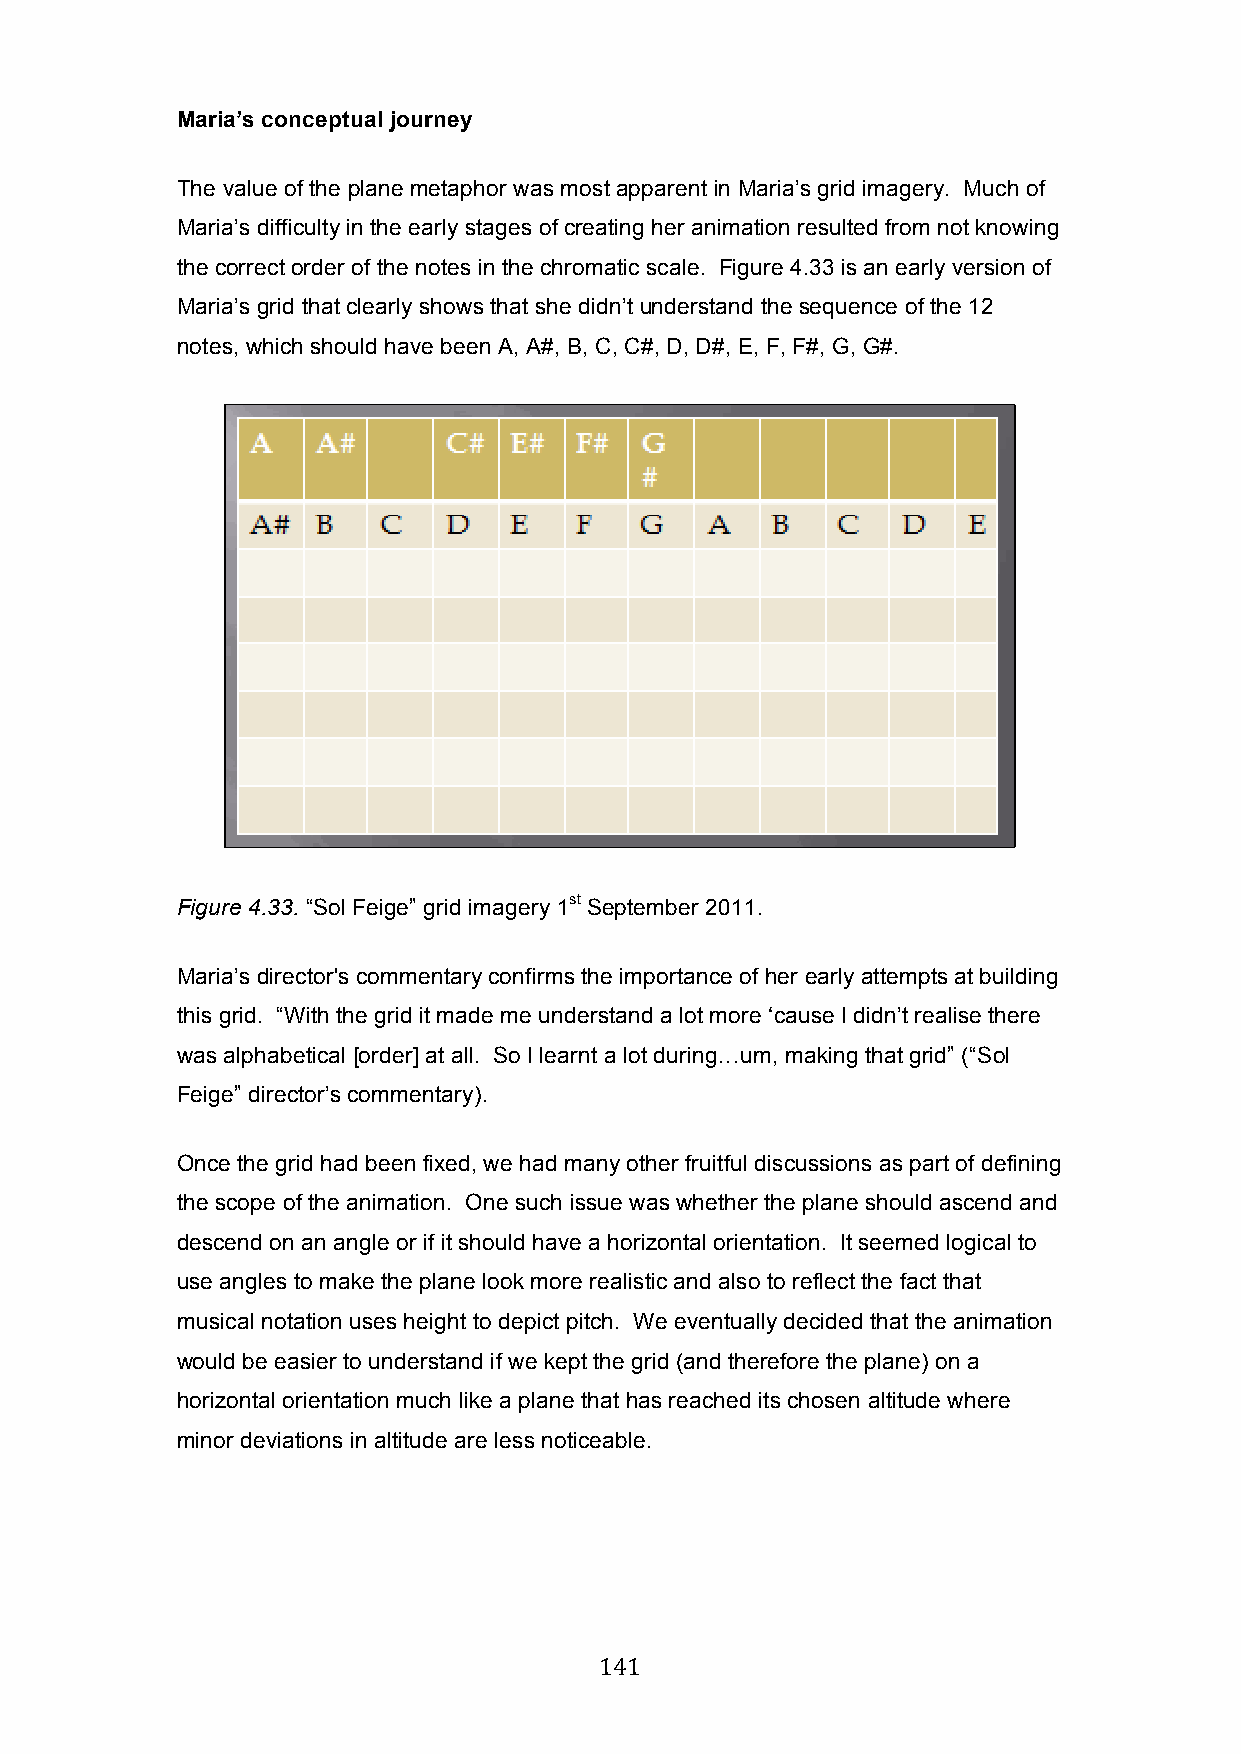
Maria’s conceptual journey
 The value of the plane metaphor was most apparent in Maria’s grid imagery. Much of
 Maria’s difficulty in the early stages of creating her animation resulted from not knowing
 the correct order of the notes in the chromatic scale. Figure 4.33 is an early version of
 Maria’s grid that clearly shows that she didn’t understand the sequence of the 12
 notes, which should have been A, A#, B, C, C#, D, D#, E, F, F#, G, G#.
 Figure 4.33. “Sol Feige” grid imagery 1st September 2011.
 Maria’s director's commentary confirms the importance of her early attempts at building
 this grid. “With the grid it made me understand a lot more ‘cause I didn’t realise there
 was alphabetical [order] at all. So I learnt a lot during…um, making that grid” (“Sol
 Feige” director’s commentary).
 Once the grid had been fixed, we had many other fruitful discussions as part of defining
 the scope of the animation. One such issue was whether the plane should ascend and
 descend on an angle or if it should have a horizontal orientation. It seemed logical to
 use angles to make the plane look more realistic and also to reflect the fact that
 musical notation uses height to depict pitch. We eventually decided that the animation
 would be easier to understand if we kept the grid (and therefore the plane) on a
 horizontal orientation much like a plane that has reached its chosen altitude where
 minor deviations in altitude are less noticeable.
 141